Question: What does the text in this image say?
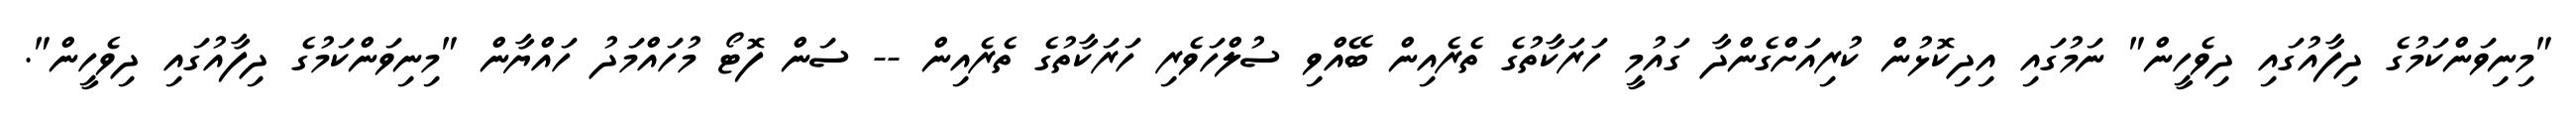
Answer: "މިނިވަންކަމުގެ ދިފާއުގައި ދިވެހީން" ނަމުގައި އިދިކޮޅުން ކުރިއަށްގެންދާ ގައުމީ ހަރަކާތުގެ ތެރެއިން ބޭއްވި ސުލްހަވެރި ހަރަކާތުގެ ތެރެއިން -- ސަން ފޮޓޯ މުހައްމަދު ހައްޔާން "މިނިވަންކަމުގެ ދިފާއުގައި ދިވެހީން".